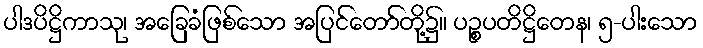
ပါဒပိဋ္ဌိကာသု၊ အခြေခံဖြစ်သော အပြင်တော်တို့၌။ ပဉ္စပတိဋ္ဌိတေန၊ ၅-ပါးသော